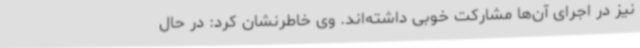
نیز در اجرای آن‌ها مشارکت خوبی داشته‌اند. وی خاطرنشان کرد: در حال